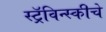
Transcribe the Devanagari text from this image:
स्ट्रॅविन्स्कीचे